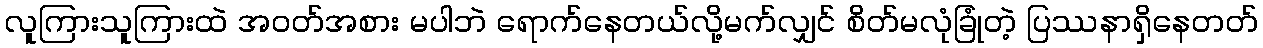
လူကြားသူကြားထဲ အဝတ်အစား မပါဘဲ ရောက်နေတယ်လို့မက်လျှင် စိတ်မလုံခြုံတဲ့ ပြဿနာရှိနေတတ်